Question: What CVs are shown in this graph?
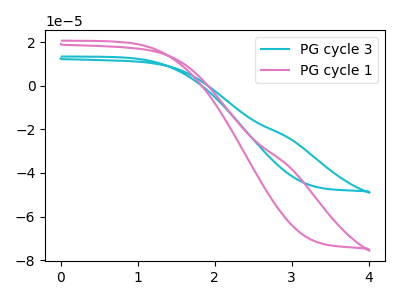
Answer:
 <answer>The cyan curve is labeled "PG cycle 3". The pink curve is labeled "PG cycle 1".</answer>
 <eval></eval>